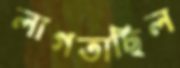
লাগতাছিল